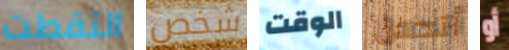
التقطت شخص الوقت أتحمل أو